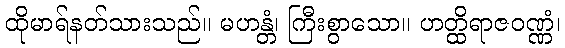
ထိုမာရ်နတ်သားသည်။ မဟန္တံ၊ ကြီးစွာသော။ ဟတ္ထိရာဇဝဏ္ဏံ၊